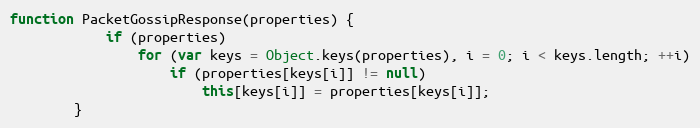
Language: JavaScript
function PacketGossipResponse(properties) {
			if (properties)
				for (var keys = Object.keys(properties), i = 0; i < keys.length; ++i)
					if (properties[keys[i]] != null)
						this[keys[i]] = properties[keys[i]];
		}